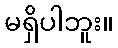
မရှိပါဘူး။